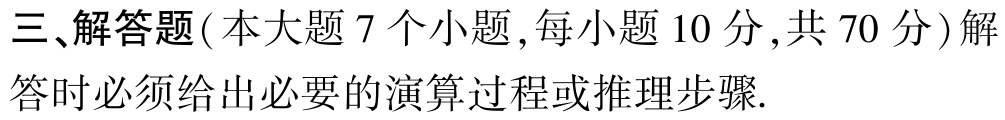
三、解答题(本大题 7 个小题,每小题 10 分,共 70 分)解答时必须给出必要的演算过程或推理步骤.